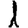
Digit: 1